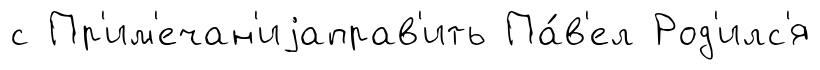
с Пр'им'ечан'иjаправ'ить Па́в'ел Род'илс'я